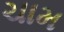
ચામ